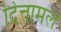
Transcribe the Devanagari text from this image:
दित्तामल